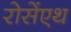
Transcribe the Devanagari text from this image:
रोसेंएथ